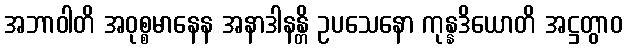
အဘာဝါတိ အဝုစ္စမာနေန အနာဒါနန္တိ ဥပသေနော ကုန္နဒိယောတိ အဋ္ဌတွာဝ